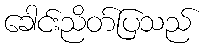
ခေါင်းညိတ်ပြသည်